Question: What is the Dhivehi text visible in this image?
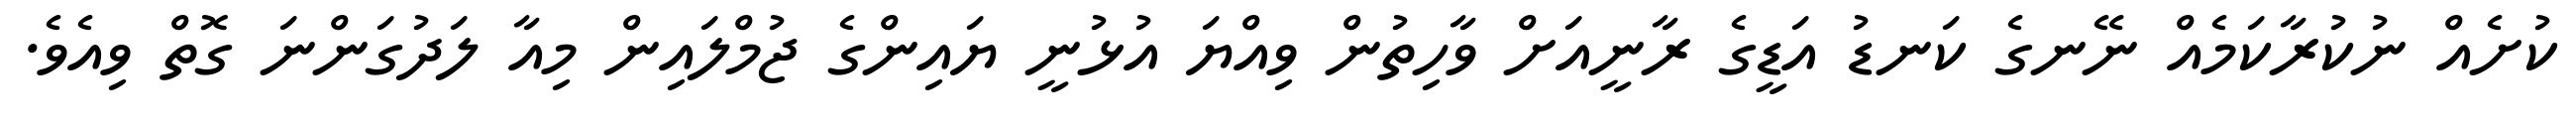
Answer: ކުށެއް ނުކުރާކަމެއް ނޭނގެ ކަނޑު އަޑީގެ ރާނީއަށް ވާހިތުން ވިއްޔަ އުޅުނީ ޔައިންގެ ޖުމްލައިން މިއާ ލަދުގަންނަ ގޮތް ވިއެވެ.